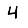
Digit: 4